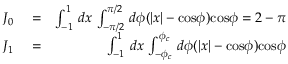
\begin{array} { r l r } { J _ { 0 } } & { { } = } & { \int _ { - 1 } ^ { 1 } \, d x \, \int _ { - \pi / 2 } ^ { \pi / 2 } \, d \phi ( | x | - \mathrm { c o s } \phi ) \mathrm { c o s } \phi = 2 - \pi } \\ { J _ { 1 } } & { { } = } & { \int _ { - 1 } ^ { 1 } \, d x \, \int _ { - \phi _ { c } } ^ { \phi _ { c } } \, d \phi ( | x | - \mathrm { c o s } \phi ) \mathrm { c o s } \phi } \end{array}